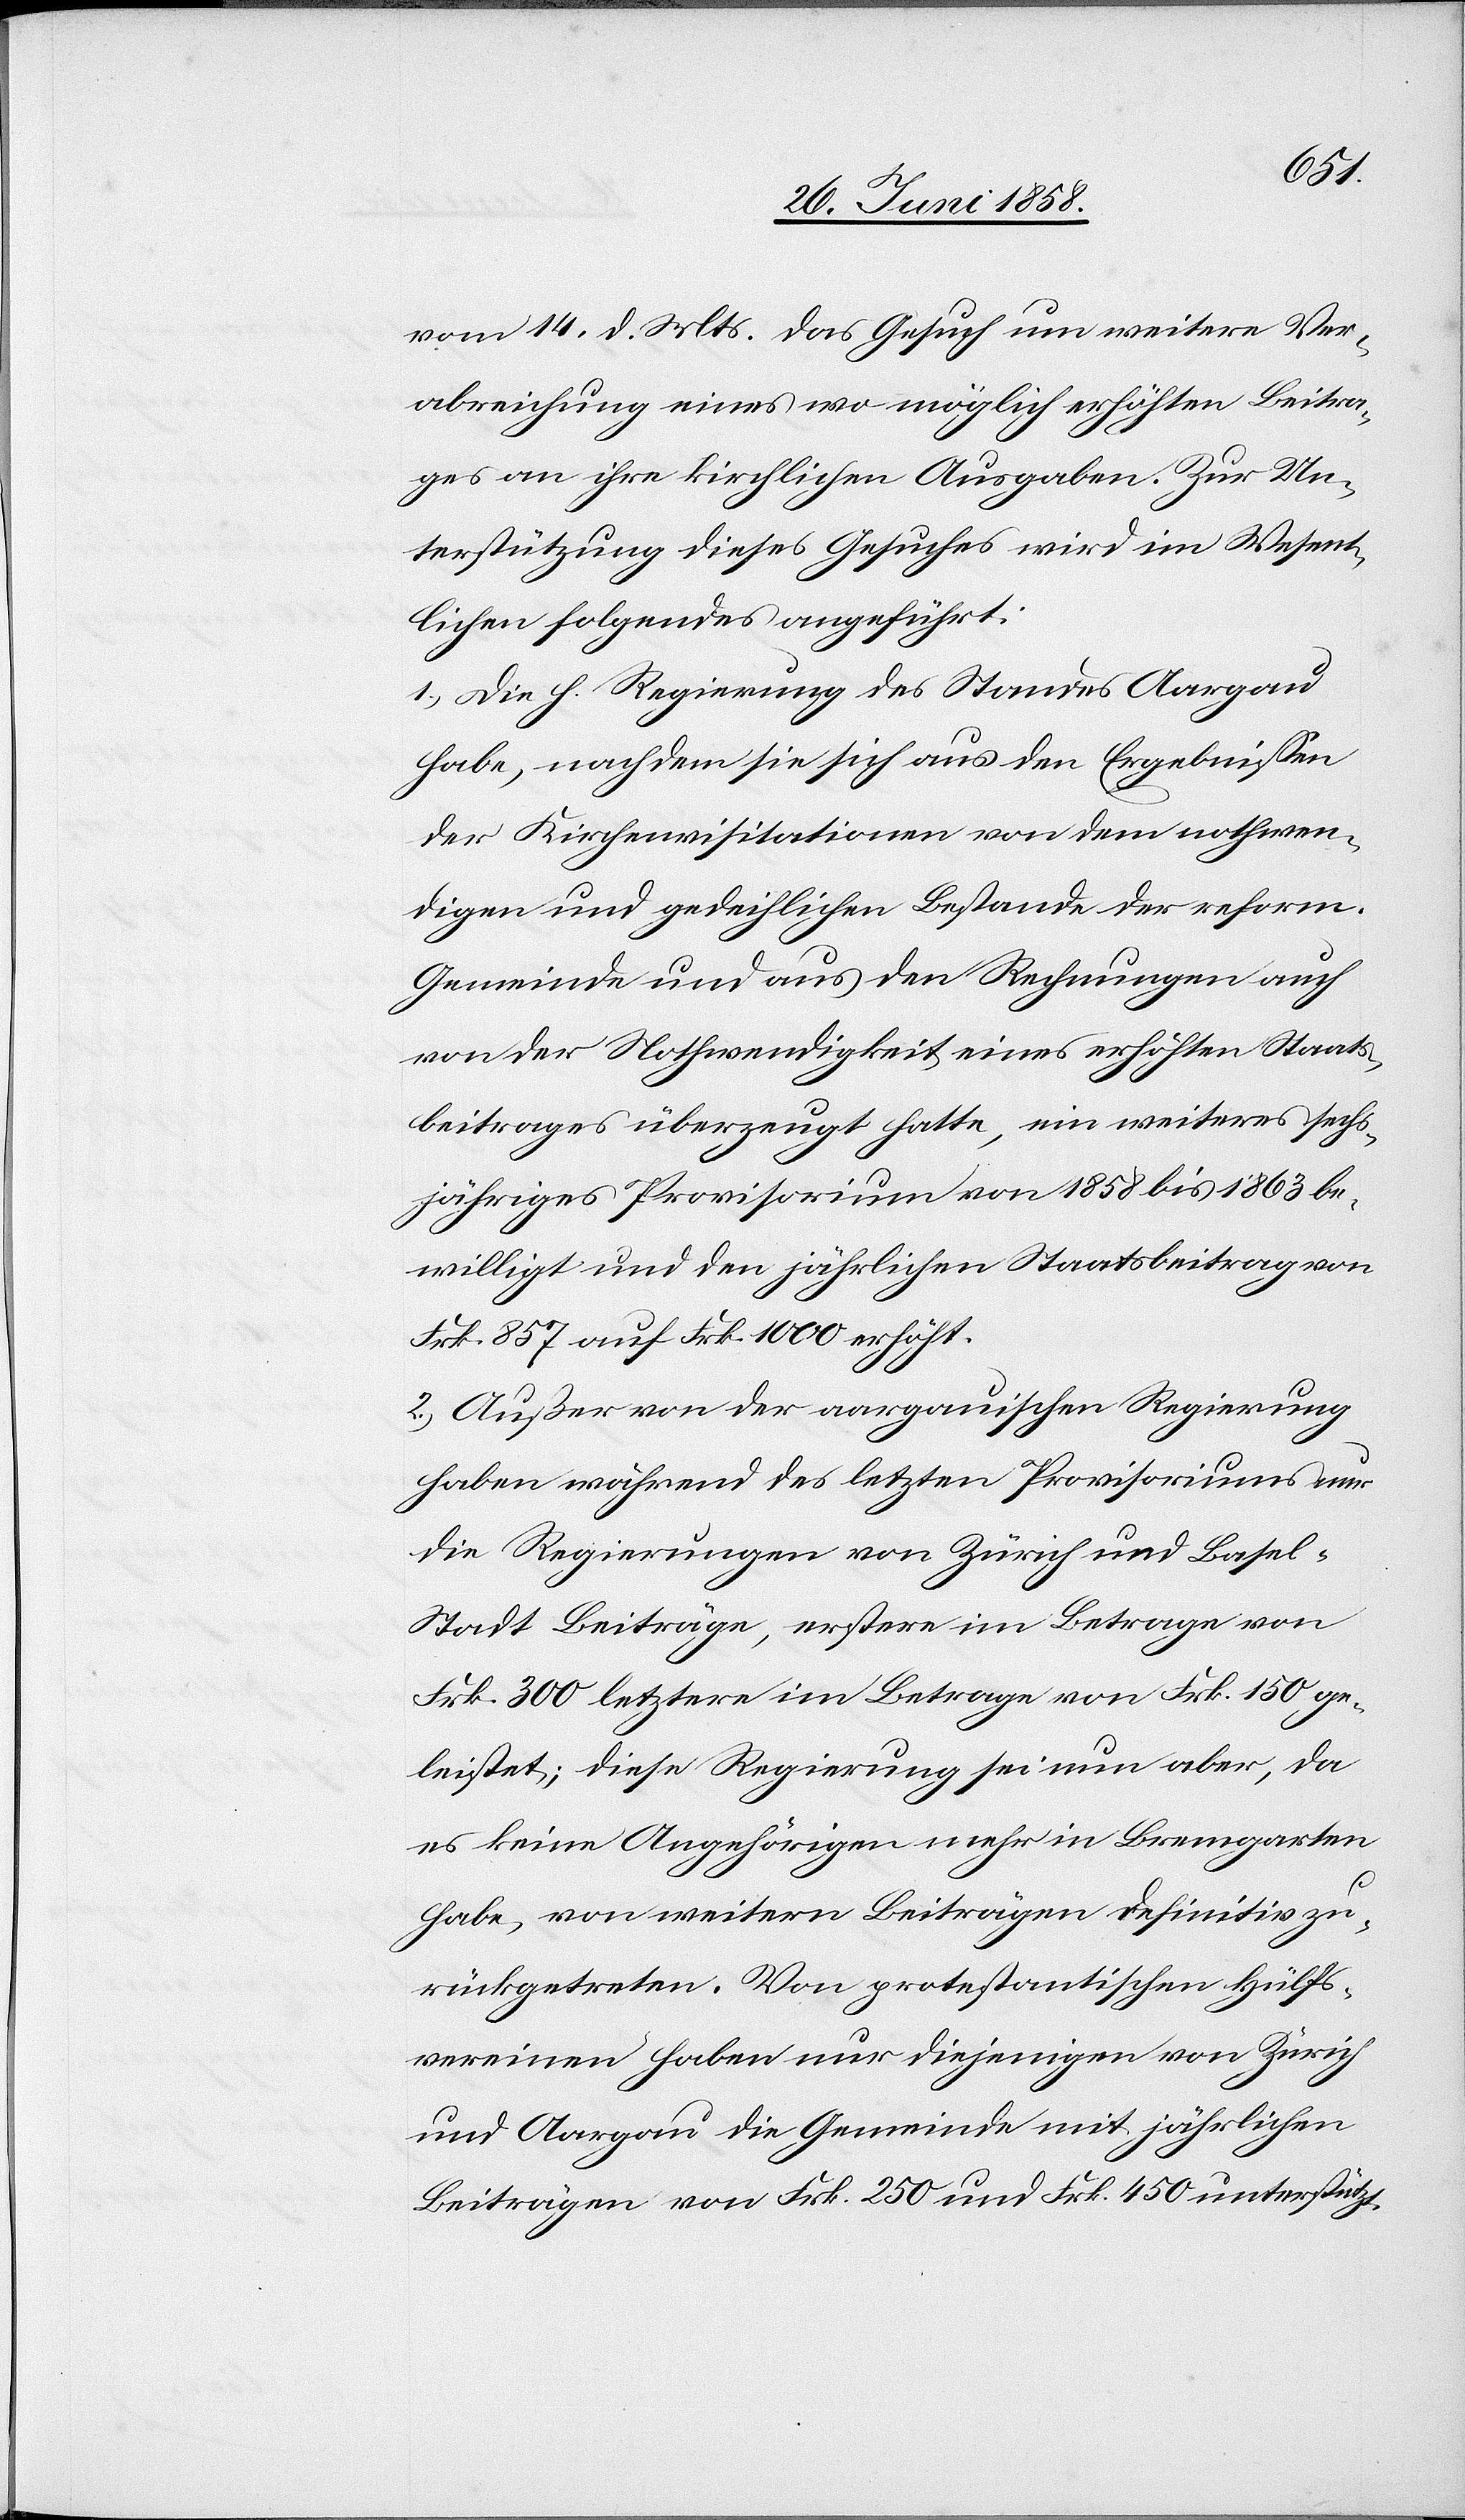
vom 14. d. Mts. das Gesuch um weitere Ver¬
abreichung eines wo möglich erhöhten Beitra¬
ges an ihre kirchlichen Ausgaben. Zur Un¬
terstützung dieses Gesuches wird im Wesent¬
lichen folgendes angeführt:
1.) Die h. Regierung des Standes Aargau
habe, nachdem sie sich aus den Ergebnissen
der Kirchenvisitationen von dem nothwen¬
digen und gedeihlichen Bestande der reform.
Gemeinde und aus den Rechnungen auch
von der Nothwendigkeit eines erhöhten Staats¬
beitrages überzeugt hatte, ein weiteres sechs¬
jähriges Provisorium von 1858 bis 1863 be¬
willigt und den jährlichen Staatsbeitrag von
Frk. 857 auf Frk. 1000 erhöht.
2.) Außer von der aargauischen Regierung
haben während des letzten Provisoriums nur
die Regierungen von Zürich und Basel-S¬
tadt Beiträge, erstere im Betrage von
Frk. 300 letztere im Betrage von Frk. 150 ge¬
leistet; diese Regierung sei nun aber, da
es keine Angehörigen mehr in Bremgarten
habe, von weitern Beiträgen definitiv zu¬
rückgetreten. Von protestantischen Hülfs¬
vereinen haben nur diejenigen von Zürich
und Aargau die Gemeinde mit jährlichen
Beiträgen von Frk. 250 und Frk. 450 unterstützt.